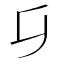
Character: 𠂎